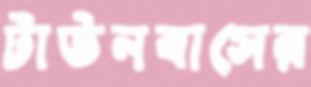
টাউনবাসের